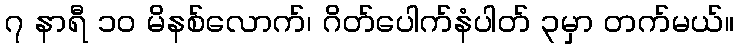
၇ နာရီ ၁၀ မိနစ်လောက်၊ ဂိတ်ပေါက်နံပါတ် ၃မှာ တက်မယ်။